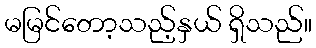
မမြင်တော့သည့်နှယ် ရှိသည်။